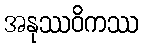
အနုဿဝိကဿ